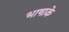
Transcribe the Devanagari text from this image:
भाषाके